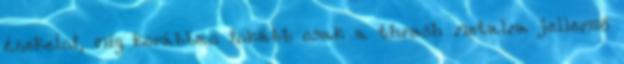
énekelni, míg korábban inkább csak a thrash metalra jellemző